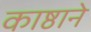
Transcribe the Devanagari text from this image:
काष्ठाने